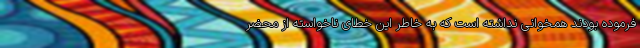
فرموده بودند همخوانی نداشته است که به خاطر این خطای ناخواسته از محضر